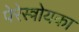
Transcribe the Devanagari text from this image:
पेरेस्त्रोयका